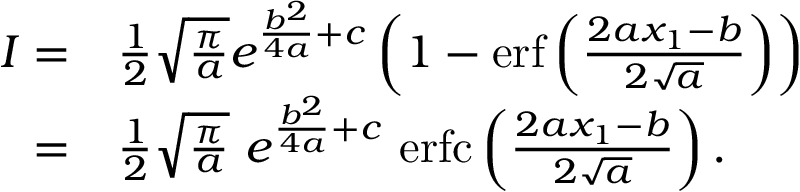
\begin{array} { r l } { I = } & { \frac { 1 } { 2 } \sqrt { \frac { \pi } { a } } e ^ { \frac { b ^ { 2 } } { 4 a } + c } \left( 1 - \mathrm { e r f } \left( { \frac { 2 a x _ { 1 } - b } { 2 \sqrt { a } } } \right) \right) } \\ { = } & { \frac { 1 } { 2 } \sqrt { \frac { \pi } { a } } \ e ^ { \frac { b ^ { 2 } } { 4 a } + c } \ \mathrm { e r f c } \left( { \frac { 2 a x _ { 1 } - b } { 2 \sqrt { a } } } \right) . } \end{array}